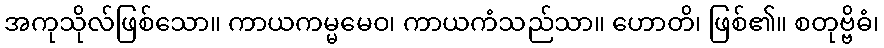
အကုသိုလ်ဖြစ်သော။ ကာယကမ္မမေဝ၊ ကာယကံသည်သာ။ ဟောတိ၊ ဖြစ်၏။ စတုဗ္ဗိဓံ၊